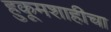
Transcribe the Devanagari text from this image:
हुकूमशाहीचा